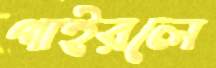
পাইরলে